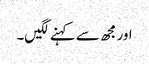
اور مجھ سے کہنے لگیں۔